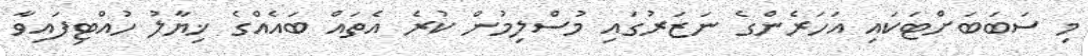
މި ސަބަބަށްޓަކައި އަހަރެންގެ ނަޒަރުގައި މުސްލިމުން ކުރެ އެތައް ބައެއްގެ ޚިޔާލު ހުއްޓިފައިވާ